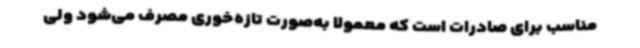
مناسب برای صادرات است که معمولاً به‌صورت تازه‌خوری مصرف می‌شود ولی